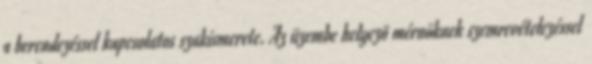
a berendezéssel kapcsolatos szakismerete. Az üzembe helyezõ mérnöknek szemrevételezéssel